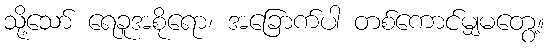
သို့သော် ရေခူအစိုရော၊ အခြောက်ပါ တစ်ကောင်မျှမတွေ့။